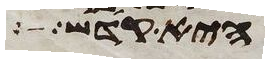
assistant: היא קדש